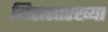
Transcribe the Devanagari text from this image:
मिठासारख्या